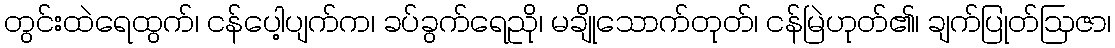
တွင်းထဲရေထွက်၊ ငန်ပေါ့ပျက်က၊ ခပ်ခွက်ရေညို၊ မချိုသောက်တုတ်၊ ငန်မြဲဟုတ်၏၊ ချက်ပြုတ်ဩဇာ၊